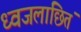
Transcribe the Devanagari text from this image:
ध्वजलांछितं